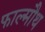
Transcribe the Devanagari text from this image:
फाल्मौथ